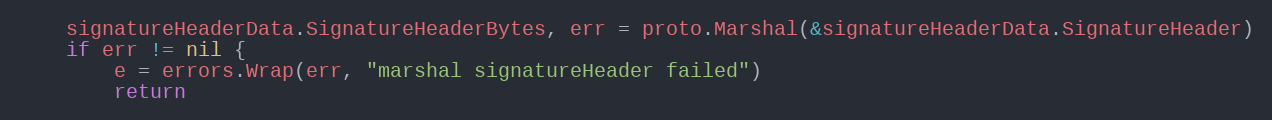
Language: Go
	signatureHeaderData.SignatureHeaderBytes, err = proto.Marshal(&signatureHeaderData.SignatureHeader)
	if err != nil {
		e = errors.Wrap(err, "marshal signatureHeader failed")
		return